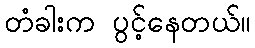
တံခါးက ပွင့်နေတယ်။